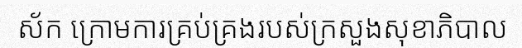
ស័ក ក្រោមការគ្រប់គ្រងរបស់ក្រសួងសុខាភិបាល